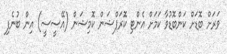
ވަރަށް ބޮޑަށް ކަންބޮޑުވާ ކަމަށް އެންޓި ކޮރަޕްޝަން ކޮމިޝަން (އޭސީސީ) އިން ބުނެފި